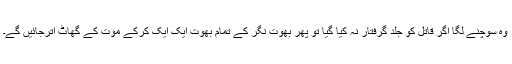
وہ سوچنے لگا اگر قاتل کو جلد گرفتار نہ کیا گیا تو پھر بھوت نگر کے تمام بھوت ایک ایک کرکے موت کے گھاٹ اترجائیں گے۔